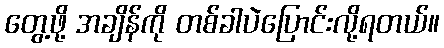
တွေ့ဖို့ အချိန်ကို တစ်ခါပဲပြောင်းလို့ရတယ်။